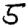
Digit: 5